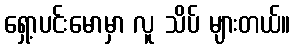
ရှော့ပင်းမောမှာ လူ သိပ် များတယ်။